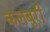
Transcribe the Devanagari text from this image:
कलबुरी